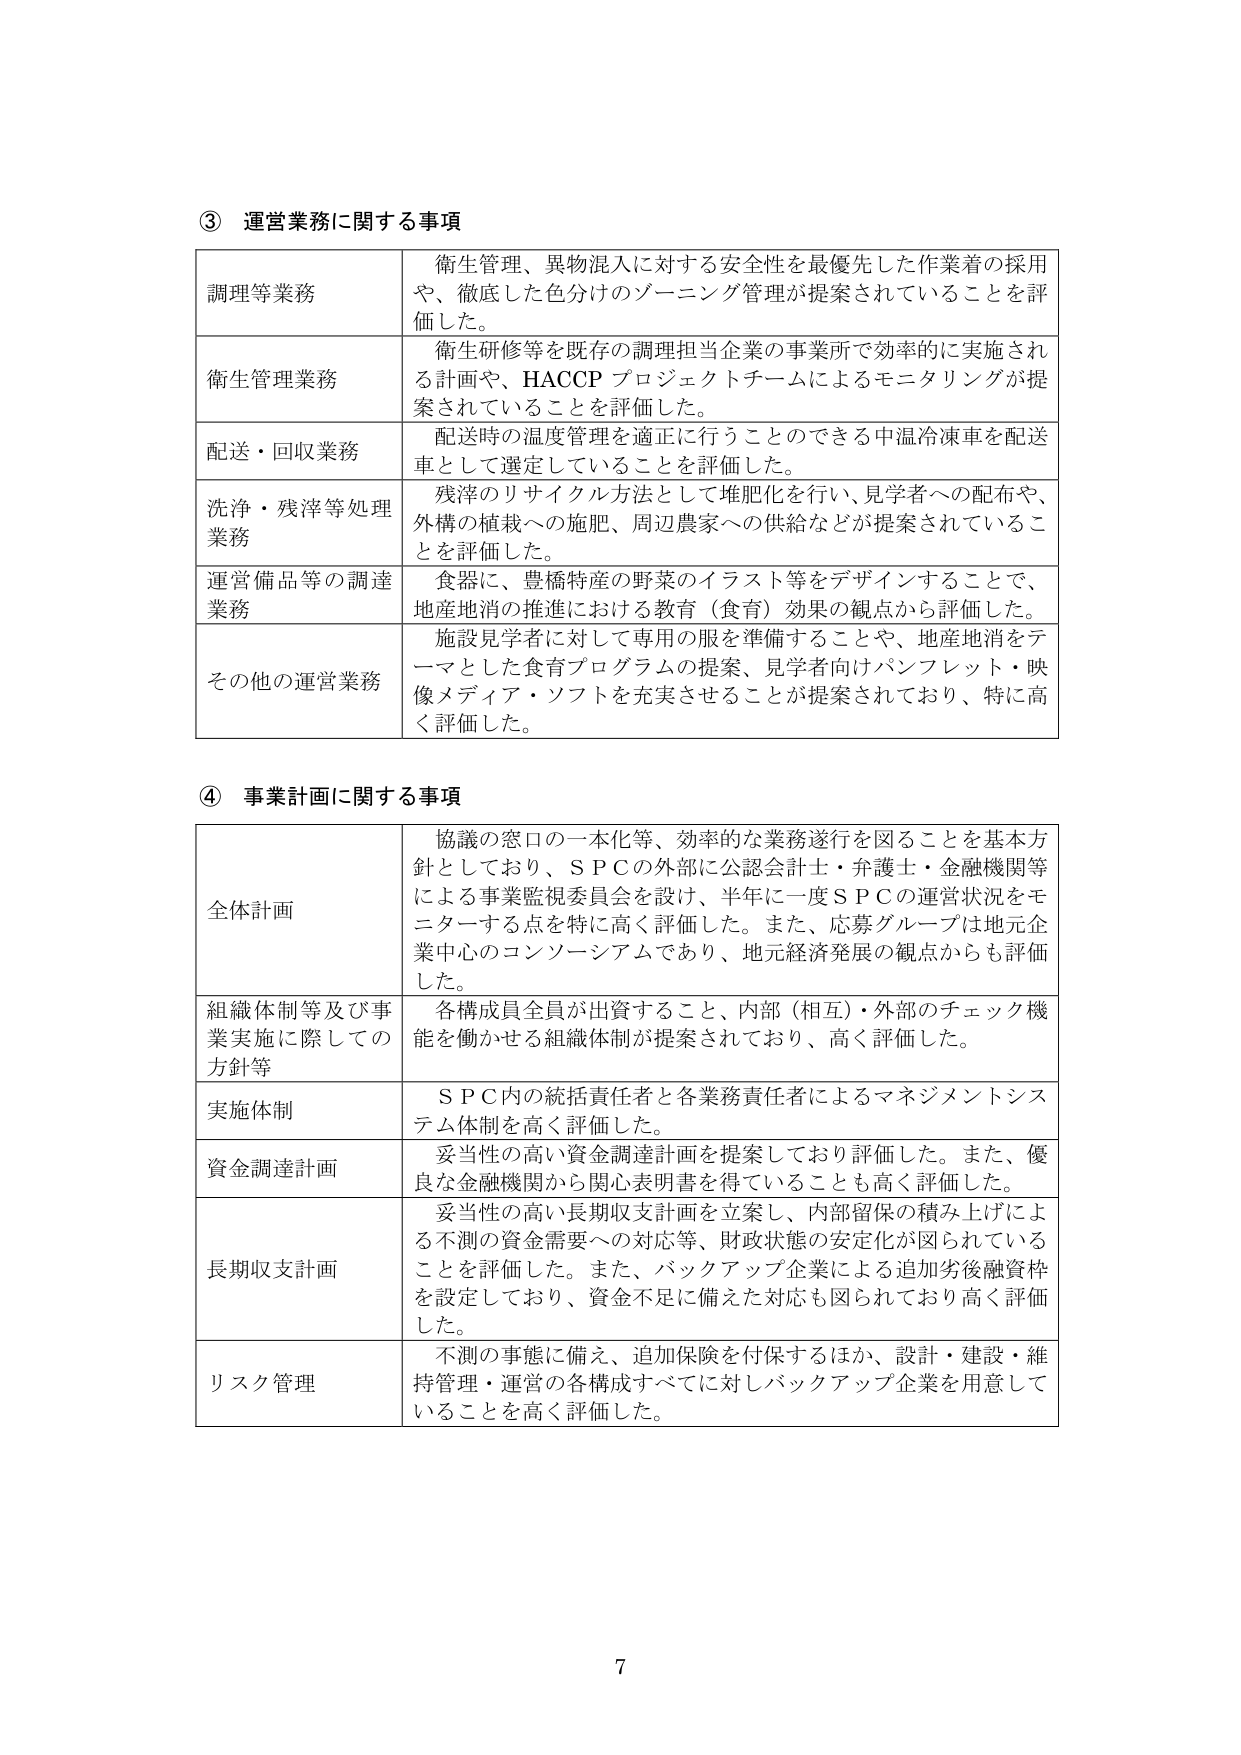
③ 運営業務に関する事項

調理等業務　衛生管理、異物混入に対する安全性を最優先した作業着の採用や、徹底した色分けのゾーニング管理が提案されていることを評価した。

衛生管理業務　衛生研修等を既存の調理担当企業の事業所で効率的に実施される計画や、HACCP プロジェクトチームによるモニタリングが提案されていることを評価した。

配送・回収業務　配送時の温度管理を適正に行うことのできる中温冷凍車を配送車として選定していることを評価した。

洗浄・残滓等処理業務　残滓のリサイクル方法として堆肥化を行い、見学者への配布や、外構の植栽への施肥、周辺農家への供給などが提案されていることを評価した。

運営備品等の調達業務　食器に、豊橋特産の野菜のイラスト等をデザインすることで、地産地消の推進における教育（食育）効果の観点から評価した。

その他の運営業務　施設見学者に対して専用の服を準備することや、地産地消をテーマとした食育プログラムの提案、見学者向けパンフレット・映像メディア・ソフトを充実させることが提案されており、特に高く評価した。

④ 事業計画に関する事項

全体計画　協議の窓口の一本化等、効率的な業務遂行を図ることを基本方針としており、ＳＰＣの外部に公認会計士・弁護士・金融機関等による事業監視委員会を設け、半年に一度ＳＰＣの運営状況をモニターする点を特に高く評価した。また、応募グループは地元企業中心のコンソーシアムであり、地元経済発展の観点からも評価した。

組織体制等及び事業実施に際しての方針等　各構成員全員が出資すること、内部（相互）・外部のチェック機能を働かせる組織体制が提案されており、高く評価した。

実施体制　ＳＰＣ内の統括責任者と各業務責任者によるマネジメントシステム体制を高く評価した。

資金調達計画　妥当性の高い資金調達計画を提案しており評価した。また、優良な金融機関から関心表明書を得ていることも高く評価した。

長期収支計画　妥当性の高い長期収支計画を立案し、内部留保の積み上げによる不測の資金需要への対応等、財政状態の安定化が図られていることを評価した。また、バックアップ企業による追加劣後融資枠を設定しており、資金不足に備えた対応も図られており高く評価した。

リスク管理　不測の事態に備え、追加保険を付保するほか、設計・建設・維持管理・運営の各構成すべてに対しバックアップ企業を用意していることを高く評価した。

7